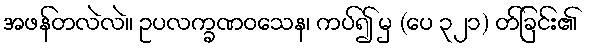
အဖန်တလဲလဲ။ ဥပလက္ခဏဝသေန၊ ကပ်၍ မှ (ပေ ၃၂၁) တ်ခြင်း၏